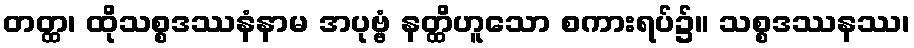
တတ္ထ၊ ထိုသစ္စဒဿနံနာမ အပုဗ္ဗံ နတ္ထိဟူသော စကားရပ်၌။ သစ္စဒဿနဿ၊